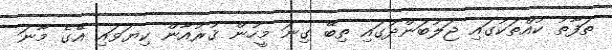
ތަފާތު ކުއްތަކުގައި ޖަލުބަންދުގައި ތިބޭ ގިނަ މީހުން ޤުރުއާން ކިޔަވައި އޭގެ މާނަ